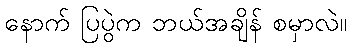
နောက် ပြပွဲက ဘယ်အချိန် စမှာလဲ။